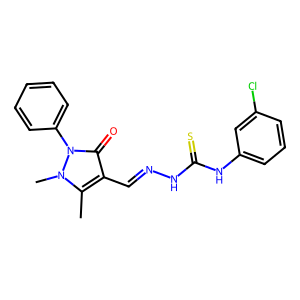
SMILES: Cc1c(C=NNC(=S)Nc2cccc(Cl)c2)c(=O)n(-c2ccccc2)n1C
Inhibits HIV replication: No